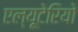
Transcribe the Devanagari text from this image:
एल्यूटेरियो